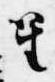
笙